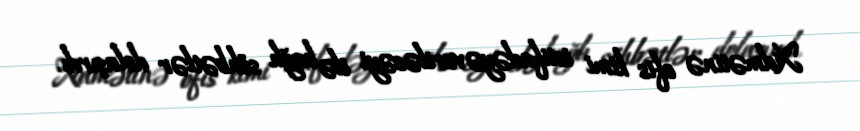
Xidmətinə ofis kimi istifadəyə veriləcəyi ilə bağlı söhbətlər dolaşırdı.